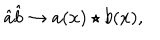
\hat { a } \hat { b } \rightarrow a ( x ) \star b ( x ) ,